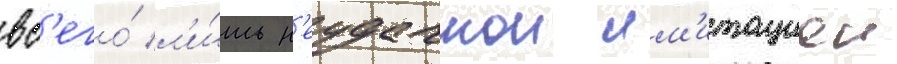
вс'его́ л'и́шь н'еудачнои им'итациеи